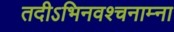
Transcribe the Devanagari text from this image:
तदीऽभिनवश्चनाम्ना